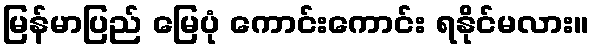
မြန်မာပြည် မြေပုံ ကောင်းကောင်း ရနိုင်မလား။